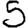
Digit: 5